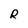
Character: R